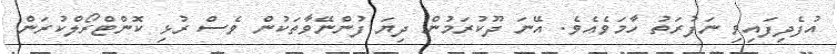
އުފެދިފައިވި ނަފުރަތު ހާމަވެއެވެ. އޭނަ ދޫކުރަމުން ދިޔަ ފުންނޭވާތަކުން ވެސް ރުޅި ކޮންޓްރޯލްކުރަން